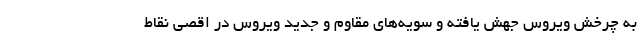
به چرخش ویروس جهش یافته و سویه‌های مقاوم و جدید ویروس در اقصی نقاط